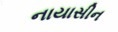
નાયાસીન